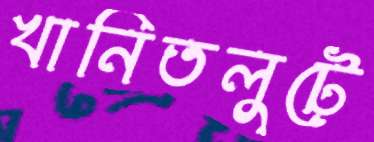
খানিতলুটে